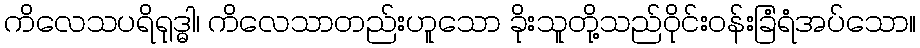
ကိလေသပရိရုဒ္ဓါ၊ ကိလေသာတည်းဟူသော ခိုးသူတို့သည်ဝိုင်းဝန်းခြံရံအပ်သော။